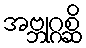
အဗ္ဘုဂ္ဂစ္ဆိ